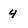
Character: 4